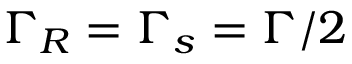
\Gamma _ { R } = \Gamma _ { s } = \Gamma / 2